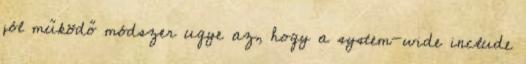
jól működő módszer ugye az, hogy a system-wide include